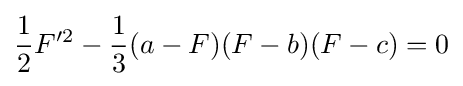
{\frac {1}{2}}F'^{2}-{\frac {1}{3}}(a-F)(F-b)(F-c)=0